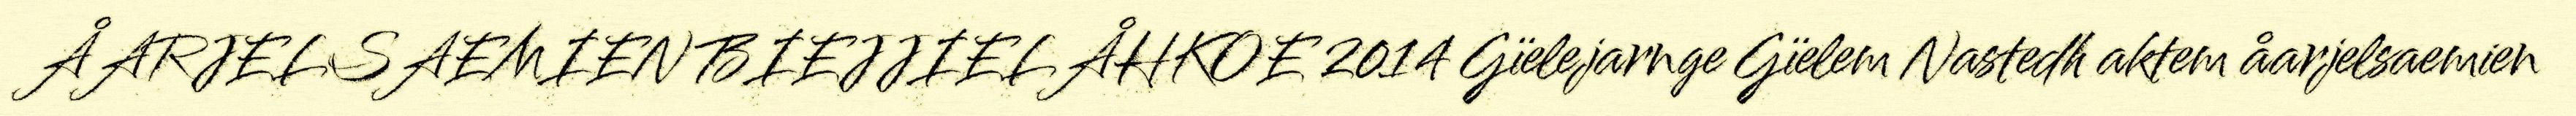
ÅARJELSAEMIEN BIEJJIELÅHKOE 2014 Gïelejarnge Gïelem Nastedh aktem åarjelsaemien